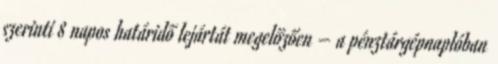
szerinti 8 napos határidő lejártát megelőzően – a pénztárgépnaplóban